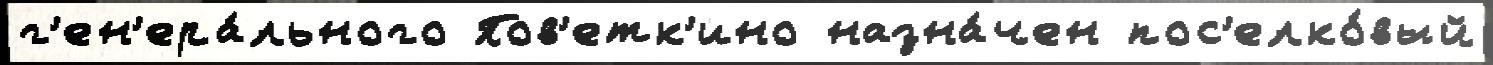
г'ен'ера́льного Пов'етк'ино назна́чен пос'елко́вый